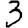
Digit: 3